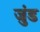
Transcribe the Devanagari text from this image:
जुंड